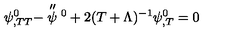
\psi _ { , T T } ^ { 0 } - \stackrel { \scriptstyle \prime \prime } { \psi } \vphantom { \psi } ^ { 0 } + 2 ( T + \Lambda ) ^ { - 1 } \psi _ { , T } ^ { 0 } = 0